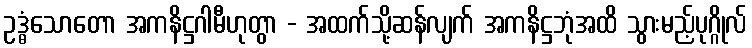
ဥဒ္ဓံသောတော အကနိဋ္ဌဂါမီဟုတွာ - အထက်သို့ဆန်လျက် အကနိဋ္ဌဘုံအထိ သွားမည့်ပုဂ္ဂိုလ်